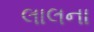
લાલના